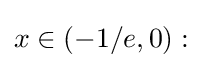
x\in (-1/e,0):